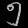
Digit: ၅